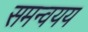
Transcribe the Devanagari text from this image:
समन्वयय